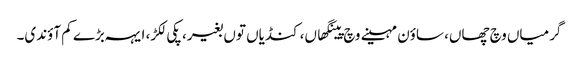
گرمیاں وچ چھاں، ساؤن مہینے وچ پینگھاں، کنڈیاں توں بغیر، پکی لکڑ، ایہہ بڑے کم آؤندی۔